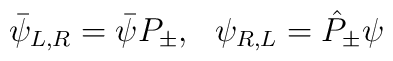
\bar{\psi}_{L,R}= \bar{\psi}P_{\pm}, \ \ \psi_{R,L}= \hat{P}_{\pm}\psi